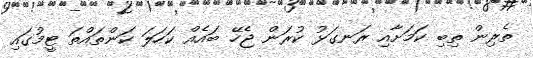
ތެރިން ތިބި ކަމަށާއި ރަނގަޅު ކުރަން ޖެހޭ ބައެއް ކަހަލަ ކަންތައްތަ ޓީމުގައި